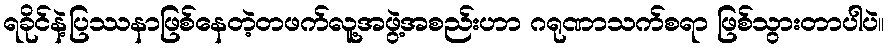
ရခိုင်နဲ့ပြဿနာဖြစ်နေတဲ့တဖက်လူ့အဖွဲ့အစည်းဟာ ဂရုဏာသက်စရာ ဖြစ်သွားတာပါပဲ။